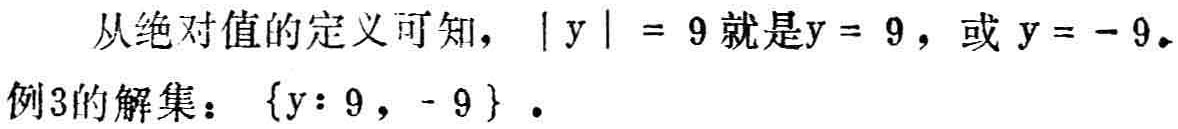
从绝对值的定义可知，\(\vert y\vert = 9\)就是\(y = 9\)，或 \(y = - 9\)。
例3的解集：\(\{y: 9, - 9\}\)。